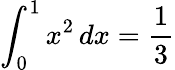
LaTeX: \int_{0}^{1}x^{2}\, dx={\frac{1}{3}}